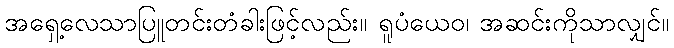
အရှေ့လေသာပြူတင်းတံခါးဖြင့်လည်း။ ရူပံယေဝ၊ အဆင်းကိုသာလျှင်။